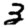
Digit: 3